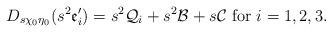
LaTeX: \begin{align*}D_{s\chi_0\eta_0}(s^2\mathfrak{e}'_i)=s^2\mathcal{Q}_i+s^2\mathcal{B}+s\mathcal{C} \mbox{ for } i=1,2,3.\end{align*}